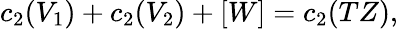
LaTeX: c_{2}(V_{1})+c_{2}(V_{2})+[W]=c_{2}(TZ),